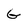
Character: G